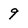
Character: 9